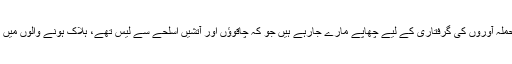
تاجکستان کے وزیر داخلہ رمضان ہامرو رحیم زادہ نے ایک بیان میں کہا ہے کہ مشتبہ حملہ آوروں کی گرفتاری کے لیے چھاپے مارے جارہے ہیں جو کہ چاقوؤں اور آتشیں اسلحے سے لیس تھے، ہلاک ہونے والوں میں امریکی، ڈچ اور سوئٹزر لینڈ کے باشندے شامل ہیں جبکہ دو سیاح زخمی بھی ہوئے ہیں۔